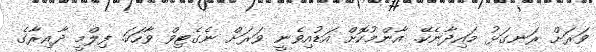
ވަރަށް ރަނގަޅު މައިދާނެކޭ. އާންމުކޮށް އަޑުއިވެނީ ވަރަށް ނެގެޓިވް ވާހަކަ. ފިލްމީ ދާއިރާގެ